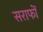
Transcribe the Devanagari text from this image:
सराफों